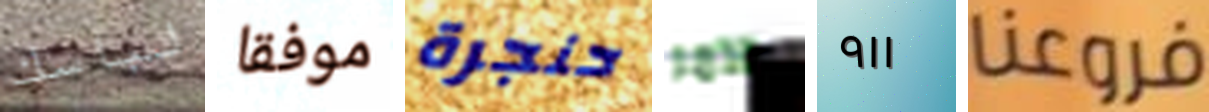
لباسك موفقا حنجرة الآمر ٩١١ فروعنا